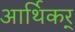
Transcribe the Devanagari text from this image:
आर्थिकर्